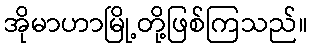
အိုမာဟာမြို့တို့ဖြစ်ကြသည်။